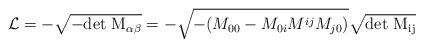
LaTeX: \begin{align*}{\cal L}= -\sqrt{-\rm{det}~M_{\alpha\beta}}=-\sqrt{-(M_{00}-M_{0i}M^{ij}M_{j0})}\sqrt{\rm{det}~M_{ij}}\end{align*}